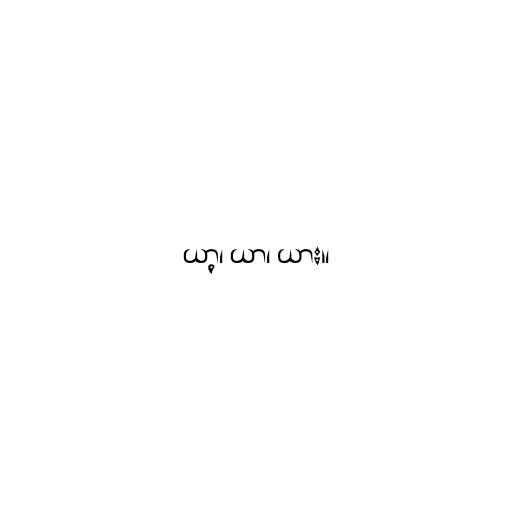
ယာ့၊ ယာ၊ ယား။